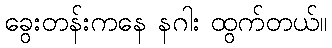
ခွေးတန်းကနေ နဂါး ထွက်တယ်။